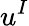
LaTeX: u^{I}